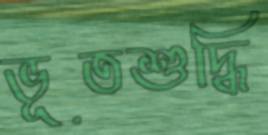
ভূতশুদ্ধি